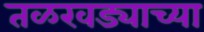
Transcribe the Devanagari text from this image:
तळखड्याच्या